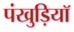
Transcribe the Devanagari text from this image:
पंखुड़ियॉ